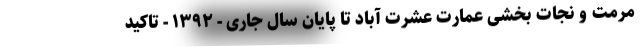
مرمت و نجات بخشی عمارت عشرت آباد تا پایان سال جاری - ۱۳۹۲ - تاکید